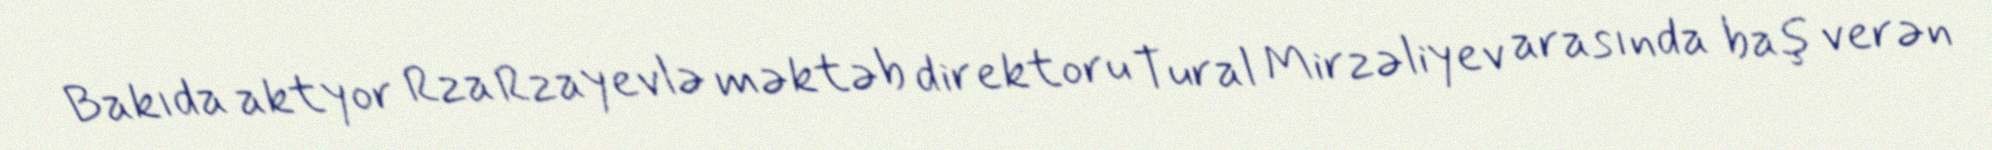
Bakıda aktyor Rza Rzayevlə məktəb direktoru Tural Mirzəliyev arasında baş verən